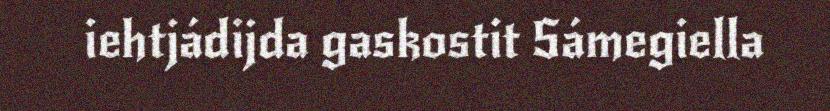
iehtjádijda gaskostit Sámegiella